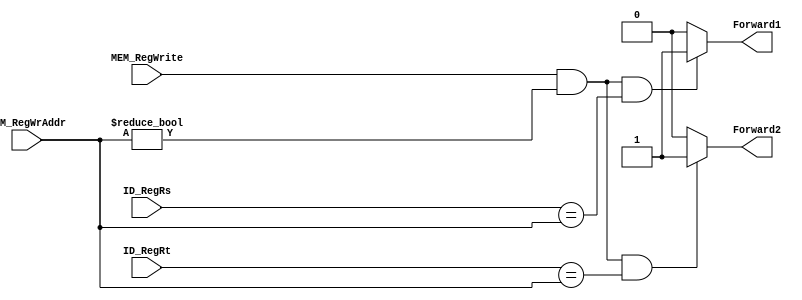
// ./src/BranchJumpForwarding.v

module BranchJumpForwarding(
        input MEM_RegWrite,
        input [5-1:0] MEM_RegWrAddr,
        input [5-1:0] ID_RegRs,
        input [5-1:0] ID_RegRt,

        output Forward1,
        output Forward2
    );
    // solve data hazard when branch and jump instructions read Register Files
    // used to update PC in the ID stage
    // 0: no forwarding
    // 1: forward from EX_MEM to ID
    assign Forward1 =
           (MEM_RegWrite && MEM_RegWrAddr != 0 && ID_RegRs == MEM_RegWrAddr) ? 1 : 0;

    assign Forward2 =
           (MEM_RegWrite && MEM_RegWrAddr != 0 && ID_RegRt == MEM_RegWrAddr) ? 1 : 0;

endmodule // BranchJumpForwarding